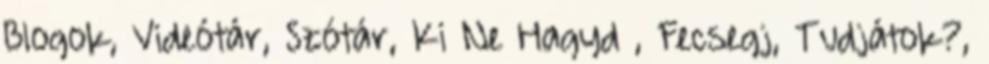
Blogok, Videótár, Szótár, Ki Ne Hagyd , Fecsegj, Tudjátok?,